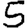
Digit: 5